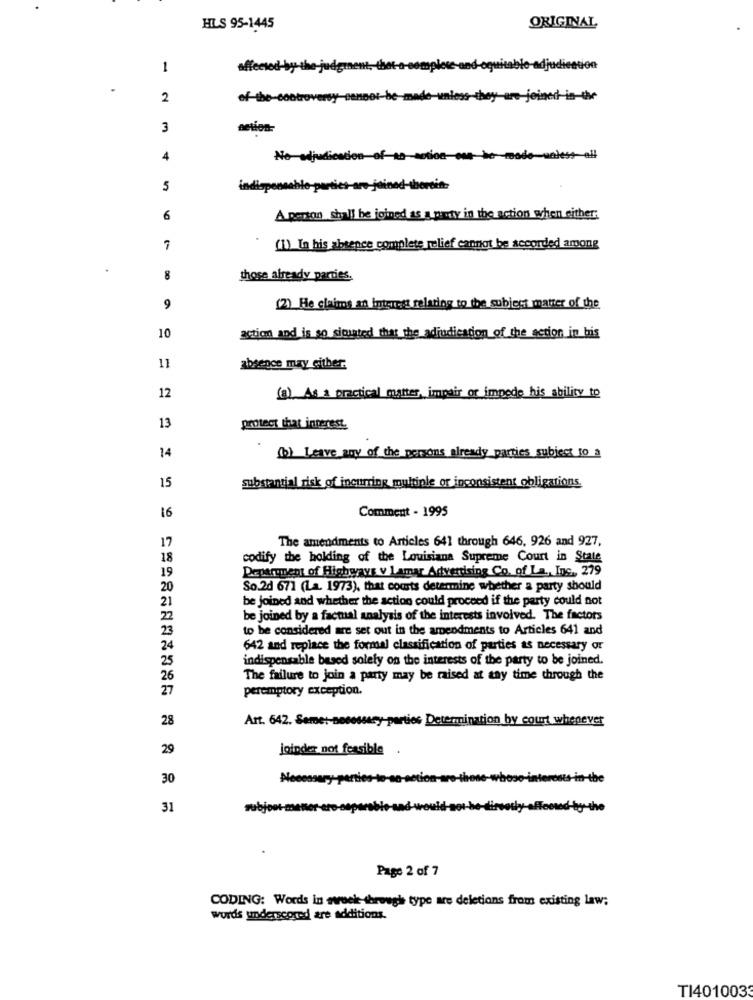
HLS 95-1445
ORIGINAL
1
affect
2
of-the-cont
nless
3
action-
4
5
6
A person shall be joined as a party in the action when either;
7
(1) In his absence complete relief cannot be accorded among
8
those already parties.
9
(2) He claims an interest relating to the subject matter of the
10
action and is so situated that the adjudication of the action in his
11
absence may either.
12
(3) As a practical matter, impair or impede his ability to
13
protect that inperest.
14
(b) Leave any of the persons already parties subject 10 a
substantial risk of incurring multiple or inconsistent obligations.
15
Comment - 1995
16
The amendments to Articles 641 through 646, 926 and 927.
17
18
codify the holding of the Louisiana Supreme Court in State
19
Department of Highways v Lamar Advertising Co. of La ., Inc. 279
20
So.2d 671 (La. 1973), that courts determine whether a party should
21
be joined and whether the action could proceed if the party could not
22
be joined by a factual analysis of the interests involved. The factors
23
to be considered are set out in the amendments to Articles 641 and
24
642 and replace the formal classification of parties as necessary or
25
indispensable based solely on the interests of the party to be joined.
26
The failure to join a party may be raised at any time through the
27
peremptory exception.
28
Art. 642. Seme :- necessary-parties Determination by court whenever
29
joinder not feasible
30
31
zubjo
Page 2 of 7
CODING: Words in sweek-through type are deletions from existing law;
words underscored are additions.
TI4010033